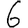
Digit: 6